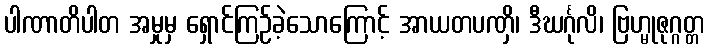
ပါဏာတိပါတ အမှုမှ ရှောင်ကြဉ်ခဲ့သောကြောင့် အာယတပဏှိ၊ ဒီဃင်္ဂုလိ၊ ဗြဟ္မုဇုဂ္ဂတ္တ